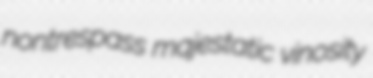
nontrespass majestatic vinosity